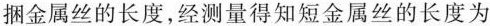
捆金属丝的长度，经测量得知短金属丝的长度为